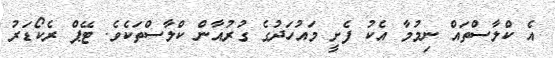
އެ ކްލާސްތައް ނިމުމާ އެކު ފެށީ މައުހަދުގެ ގުރުއާން ކްލާސްތަކެވެ. ޓޭޕް ރެކޯޑަރު